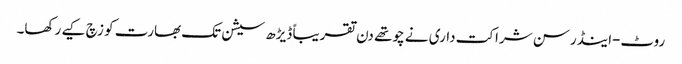
روٹ-اینڈرسن شراکت داری نے چوتھے دن تقریباً ڈیڑھ سیشن تک بھارت کو زچ کیے رکھا۔